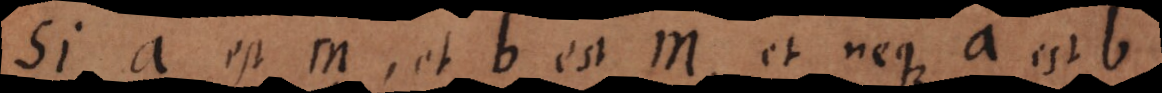
Si a est m, et b est m, et neque a est b